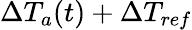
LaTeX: \Delta T_{a}(t)+\Delta T_{ref}